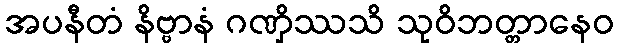
အပနီတံ နိဗ္ဗာနံ ဂဏှိဿသိ သုဝိဘတ္တာနေဝ